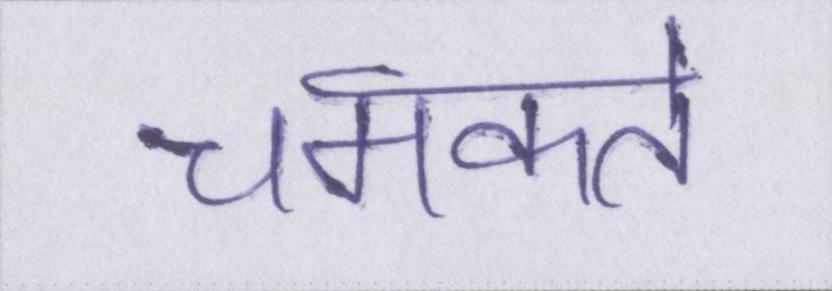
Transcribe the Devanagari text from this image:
चमकते